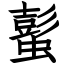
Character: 蟚